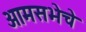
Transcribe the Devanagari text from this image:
आमसभेचे